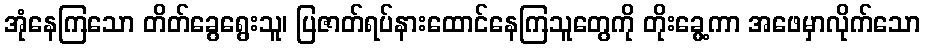
အုံနေကြသော တိတ်ခွေရွေးသူ၊ ပြဇာတ်ရပ်နားထောင်နေကြသူတွေကို တိုးခွေ့ကာ အဖေမှာလိုက်သော